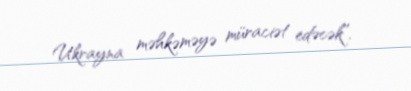
Ukrayna məhkəməyə müraciət edəcək”.